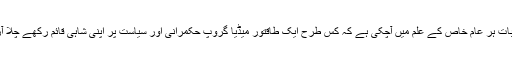
اب یہ بات ہر عام خاص کے علم میں آچکی ہے کہ کس طرح ایک طاقتور میڈیا گروپ حکمرانی اور سیاست پر اپنی شاہی قائم رکھے چلا آرہاتھا ۔